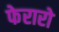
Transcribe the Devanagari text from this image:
फेरारो